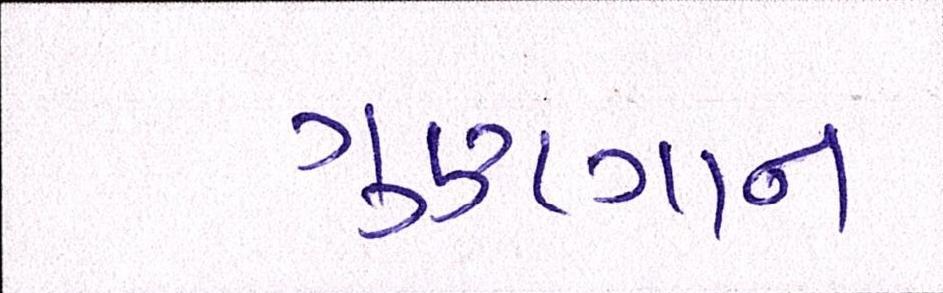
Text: ગુણગાન